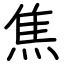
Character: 焦